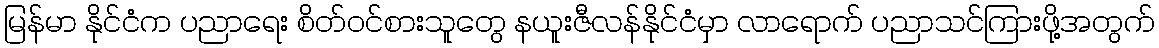
မြန်မာ နိုင်ငံက ပညာရေး စိတ်ဝင်စားသူတွေ နယူးဇီလန်နိုင်ငံမှာ လာရောက် ပညာသင်ကြားဖို့အတွက်